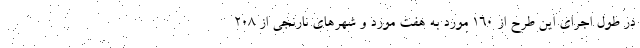
در طول اجرای این طرح از 160 مورد به هفت مورد و شهرهای نارنجی از 208